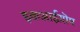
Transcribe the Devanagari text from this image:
इकआईय़ॊम